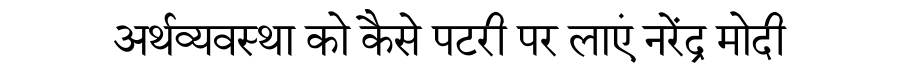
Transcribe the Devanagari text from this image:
अर्थव्यवस्था को कैसे पटरी पर लाएं नरेंद्र मोदी